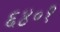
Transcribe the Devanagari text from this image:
६४०१